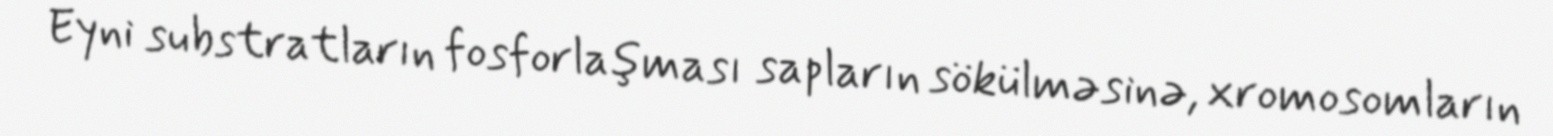
Eyni substratların fosforlaşması sapların sökülməsinə, xromosomların